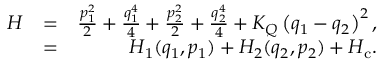
\begin{array} { r l r } { H } & { = } & { \frac { p _ { 1 } ^ { 2 } } { 2 } + \frac { q _ { 1 } ^ { 4 } } { 4 } + \frac { p _ { 2 } ^ { 2 } } { 2 } + \frac { q _ { 2 } ^ { 4 } } { 4 } + K _ { Q } \left( q _ { 1 } - q _ { 2 } \right) ^ { 2 } , } \\ & { = } & { H _ { 1 } ( q _ { 1 } , p _ { 1 } ) + H _ { 2 } ( q _ { 2 } , p _ { 2 } ) + H _ { \mathrm { c } } . } \end{array}